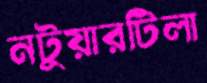
নটুয়ারটিলা